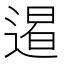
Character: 𨔹